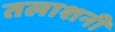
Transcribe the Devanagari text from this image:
तलाशनी